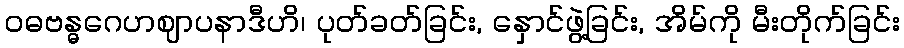
ဝဓဗန္ဓဂေဟဈာပနာဒီဟိ၊ ပုတ်ခတ်ခြင်း, နှောင်ဖွဲ့ခြင်း, အိမ်ကို မီးတိုက်ခြင်း